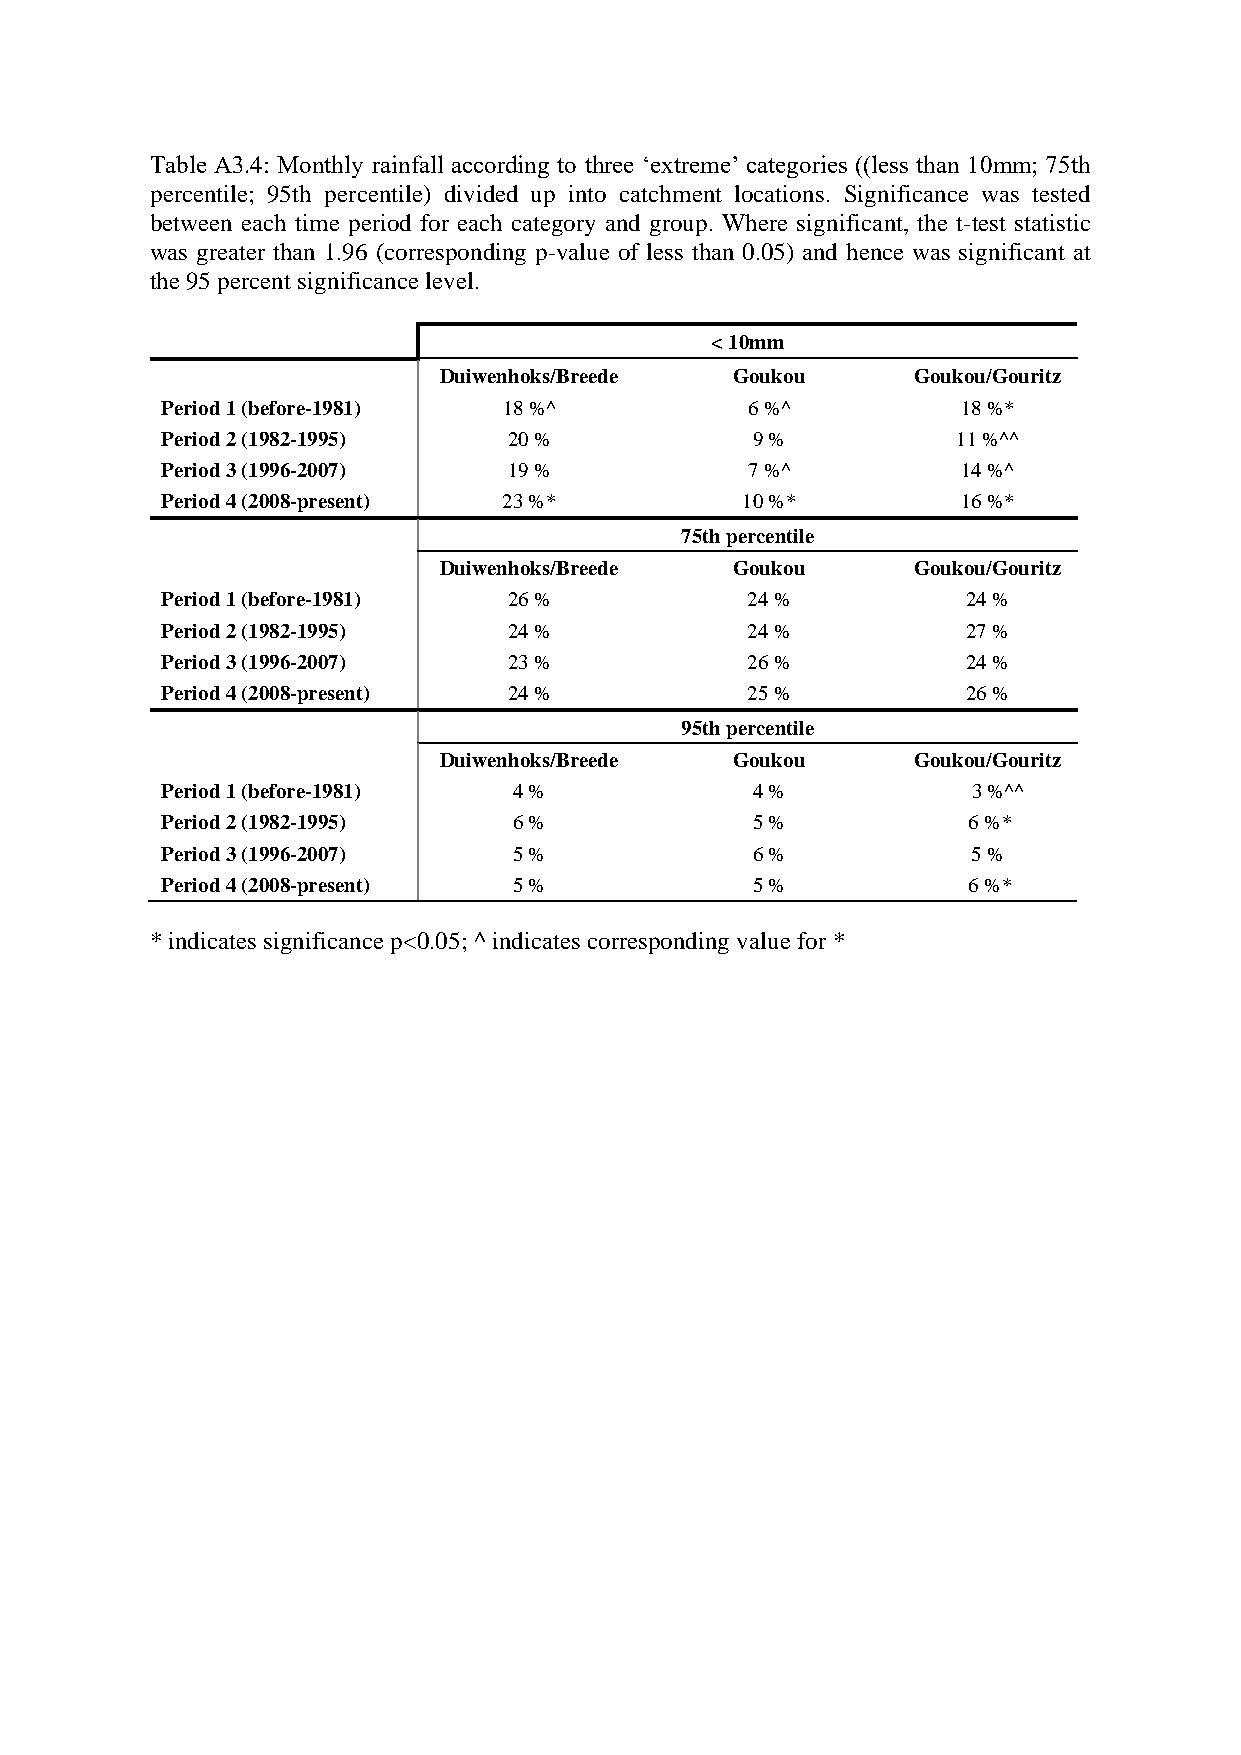
Table A3.4: Monthly rainfall according to three ‘extreme’ categories ((less than 10mm; 75th
 percentile; 95th percentile) divided up into catchment locations. Significance was tested
 between each time period for each category and group. Where significant, the t-test statistic
 was greater than 1.96 (corresponding p-value of less than 0.05) and hence was significant at
 the 95 percent significance level.
 < 10mm
 Duiwenhoks/Breede   Goukou     Goukou/Gouritz
 Period 1 (before-1981) 18 %^          6 %^           18 %*
 Period 2 (1982-1995)   20 %            9 %          11 %^^
 Period 3 (1996-2007)   19 %           7 %^           14 %^
 Period 4 (2008-present) 23 %*         10 %*          16 %*
 75th percentile
 Duiwenhoks/Breede   Goukou     Goukou/Gouritz
 Period 1 (before-1981) 26 %           24 %           24 %
 Period 2 (1982-1995)   24 %           24 %           27 %
 Period 3 (1996-2007)   23 %           26 %           24 %
 Period 4 (2008-present) 24 %          25 %           26 %
 95th percentile
 Duiwenhoks/Breede   Goukou     Goukou/Gouritz
 Period 1 (before-1981) 4 %             4 %           3 %^^
 Period 2 (1982-1995)   6 %             5 %           6 %*
 Period 3 (1996-2007)   5 %             6 %           5 %
 Period 4 (2008-present) 5 %            5 %           6 %*
 * indicates significance p<0.05; ^ indicates corresponding value for *